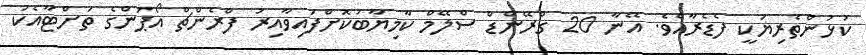
ކުޅުންތެރިޔަކީ ފެޑެރާއެވެ. އޭނާ 20 ގްރޭންޑް ސްލޭމް ކާމިޔާބުކޮށްފައިވާއިރު ފްރެންޗް އޯޕަންގެ ތަށްޓާއެކު